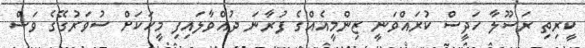
ކީރިތި ރަސޫލާ ހަދީސް ކުރައްވަނީ ޒިންމީއެއްގެ ފުރާނަ ދުއްވާލައިފި މީހަކަށް ސުވަރުގޭގެ ވަސް